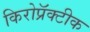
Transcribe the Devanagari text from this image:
किरोप्रॅक्टीक